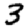
Digit: 3